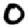
Digit: 0